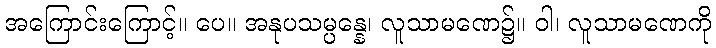
အကြောင်းကြောင့်။ ပေ။ အနုပသမ္ပန္နေ၊ လူသာမဏေ၌။ ဝါ၊ လူသာမဏေကို